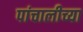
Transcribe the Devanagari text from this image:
पांचालीच्या